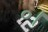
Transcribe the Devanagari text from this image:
०।